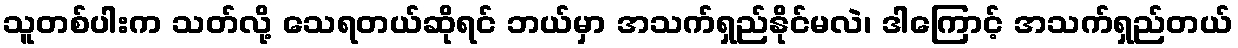
သူတစ်ပါးက သတ်လို့ သေရတယ်ဆိုရင် ဘယ်မှာ အသက်ရှည်နိုင်မလဲ၊ ဒါကြောင့် အသက်ရှည်တယ်